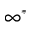
\infty ^ { \ast }